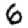
Digit: 6